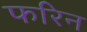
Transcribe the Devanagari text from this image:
फरिन